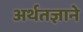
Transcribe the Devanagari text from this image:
अर्थतज्ञाने